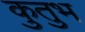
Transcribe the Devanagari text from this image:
कुतुभ